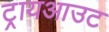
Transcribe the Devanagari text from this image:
ट्रायआउट